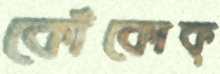
কোঁকোক্